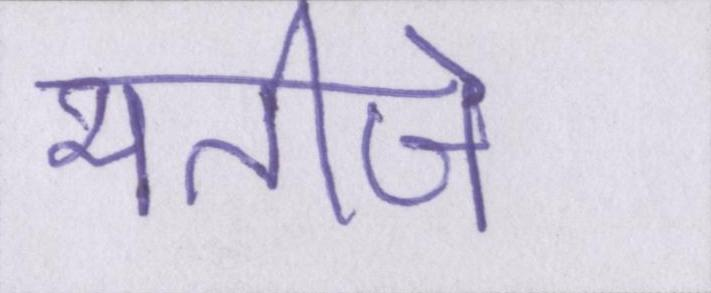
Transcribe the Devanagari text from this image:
भतीजे